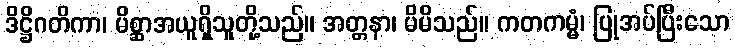
ဒိဋ္ဌိဂတိကာ၊ မိစ္ဆာအယူရှိသူတို့သည်။ အတ္တနာ၊ မိမိသည်။ ကတကမ္မံ၊ ပြုအပ်ပြီးသော